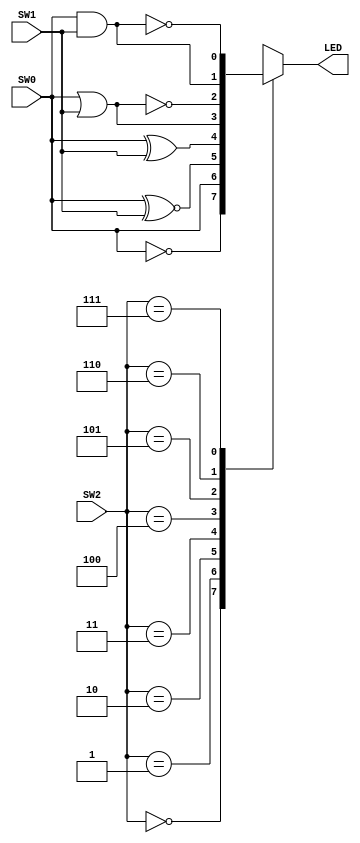
`timescale 1ns / 1ps
//////////////////////////////////////////////////////////////////////////////////
// Company: 
// Engineer: 
// 
// Design Name: 
// Module Name:    mux_comb 
// Project Name: 
// Target Devices: 
// Tool versions: 
// Description: 
//
// Dependencies: 
//
// Revision: 
// Revision 0.01 - File Created
// Additional Comments: 
//
//////////////////////////////////////////////////////////////////////////////////
module mux_comb(
    input SW0,
    input SW1,
    input [2:0] SW2,
    output reg LED
    );

	always @(SW0 or SW1 or SW2)  //run mux everytime inputs change
	begin
		case (SW2)   //MUX value
			0: LED = ~SW0;   //not gate
			1: LED = SW0;    //non inverting buffer
			2: LED = SW0 ~^ SW1;  //xnor
			3: LED = SW0 ^ SW1;   //xor
			4: LED = SW0 | SW1;  //or
			5: LED = ~(SW0 | SW1);  //nor
			6: LED = SW0 & SW1;  //and
			7: LED = ~(SW0 & SW1);  //nand
			default: LED = SW0;   //default LED to SW0
		endcase
	end
endmodule